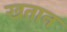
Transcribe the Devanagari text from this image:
खतान